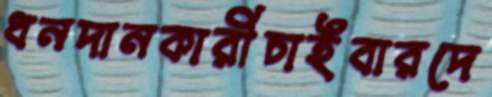
ধনদানকারীচাইবারদে